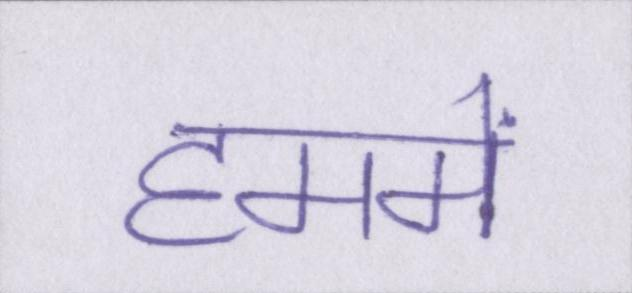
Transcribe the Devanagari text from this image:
हममें